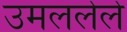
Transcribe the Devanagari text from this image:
उमललेले